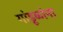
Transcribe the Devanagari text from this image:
गांडूळांना